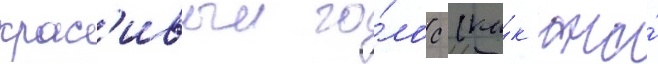
крас'ивыи го́лос (ка́к она́